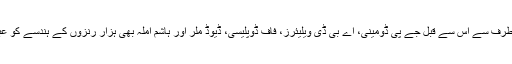
جنوبی افریقہ کی طرف سے اس سے قبل جے پی ڈومینی، اے بی ڈی ویلیئرز، فاف ڈوپلیسی، ڈیوڈ ملر اور ہاشم آملہ بھی ہزار رنزوں کے ہندسے کو عبور کر چکے ہیں۔